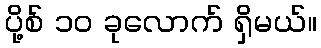
ပို့စ် ၁၀ ခုလောက် ရှိမယ်။